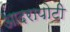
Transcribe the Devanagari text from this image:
आदरापोटी